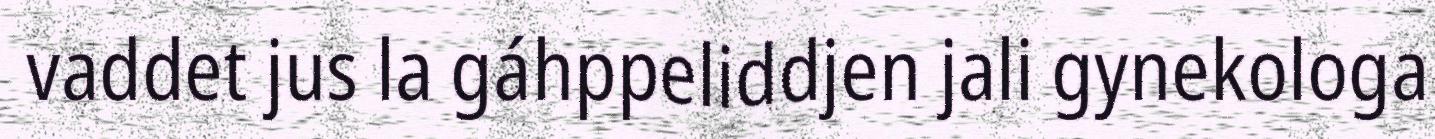
vaddet jus la gáhppeliddjen jali gynekologa